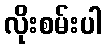
လိုးစမ်းပါ